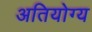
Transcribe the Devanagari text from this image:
अतियोग्य